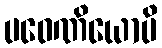
ပဝေဏိယောပိ